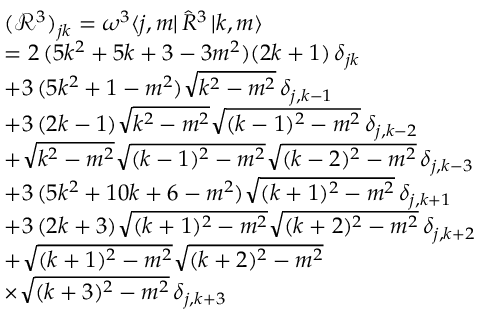
\begin{array} { r l r } & { ( { \mathcal R } ^ { 3 } ) _ { j k } = \omega ^ { 3 } \langle j , m | \, { \hat { R } } ^ { 3 } \, { | k , m \rangle } \qquad \qquad \quad \quad \qquad \qquad } & \\ & { = 2 \, ( 5 k ^ { 2 } + 5 k + 3 - 3 m ^ { 2 } ) ( 2 k + 1 ) \, \delta _ { j k } \quad } & \\ & { + 3 \, ( 5 k ^ { 2 } + 1 - m ^ { 2 } ) \sqrt { k ^ { 2 } - m ^ { 2 } } \, \delta _ { j , k - 1 } } & \\ & { + 3 \, ( 2 k - 1 ) \sqrt { k ^ { 2 } - m ^ { 2 } } \sqrt { ( k - 1 ) ^ { 2 } - m ^ { 2 } } \, \delta _ { j , k - 2 } } & \\ & { + \sqrt { k ^ { 2 } - m ^ { 2 } } \sqrt { ( k - 1 ) ^ { 2 } - m ^ { 2 } } \sqrt { ( k - 2 ) ^ { 2 } - m ^ { 2 } } \, \delta _ { j , k - 3 } } & \\ & { + 3 \, ( 5 k ^ { 2 } + 1 0 k + 6 - m ^ { 2 } ) \sqrt { ( k + 1 ) ^ { 2 } - m ^ { 2 } } \, \delta _ { j , k + 1 } \quad \; } & \\ & { + 3 \, ( 2 k + 3 ) \sqrt { ( k + 1 ) ^ { 2 } - m ^ { 2 } } \sqrt { ( k + 2 ) ^ { 2 } - m ^ { 2 } } \, \delta _ { j , k + 2 } } & \\ & { + \sqrt { ( k + 1 ) ^ { 2 } - m ^ { 2 } } \sqrt { ( k + 2 ) ^ { 2 } - m ^ { 2 } } \quad } & \\ & { \times \sqrt { ( k + 3 ) ^ { 2 } - m ^ { 2 } } \, \delta _ { j , k + 3 } \; \; } & \end{array}